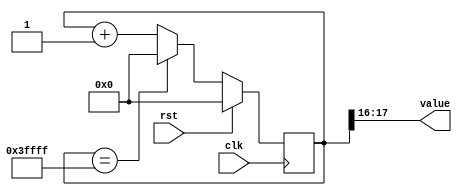
/*
   This file was generated automatically by Alchitry Labs version 1.2.1.
   Do not edit this file directly. Instead edit the original Lucid source.
   This is a temporary file and any changes made to it will be destroyed.
*/

/*
   Parameters:
     SIZE = DIGIT_BITS
     DIV = DIV
     TOP = DIGITS-1
     UP = 1
*/
module counter_4 (
    input clk,
    input rst,
    output reg [1:0] value
  );
  
  localparam SIZE = 2'h2;
  localparam DIV = 5'h10;
  localparam TOP = 4'h3;
  localparam UP = 1'h1;
  
  
  reg [17:0] M_ctr_d, M_ctr_q = 1'h0;
  
  localparam MAX_VALUE = 20'h3ffff;
  
  always @* begin
    M_ctr_d = M_ctr_q;
    
    value = M_ctr_q[16+1-:2];
    if (1'h1) begin
      M_ctr_d = M_ctr_q + 1'h1;
      if (1'h1 && M_ctr_q == 20'h3ffff) begin
        M_ctr_d = 1'h0;
      end
    end else begin
      M_ctr_d = M_ctr_q - 1'h1;
      if (1'h1 && M_ctr_q == 1'h0) begin
        M_ctr_d = 20'h3ffff;
      end
    end
  end
  
  always @(posedge clk) begin
    if (rst == 1'b1) begin
      M_ctr_q <= 1'h0;
    end else begin
      M_ctr_q <= M_ctr_d;
    end
  end
  
endmodule